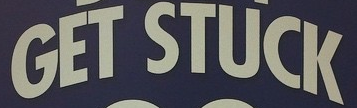
GET STUCK